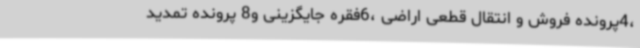
،4پرونده فروش و انتقال قطعی اراضی ،6فقره جایگزینی و8 پرونده تمدید